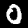
Digit: 0